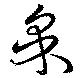
采